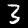
Digit: 3